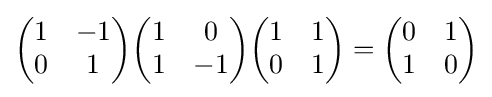
{\begin{pmatrix}1&-1\\0&1\end{pmatrix}}{\begin{pmatrix}1&0\\1&-1\end{pmatrix}}{\begin{pmatrix}1&1\\0&1\end{pmatrix}}={\begin{pmatrix}0&1\\1&0\end{pmatrix}}